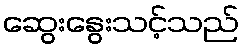
ဆွေးနွေးသင့်သည်